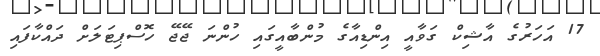
17 އަހަރުގެ އާޝިކް ގަވާއީ އިންޑިއާގެ މުންބާއީގައި ހުންނަ ޖޭޖޭ ހޮސްޕިޓަލަށް ދައްކާފައި